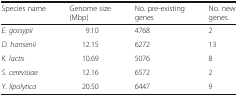
<table><thead><tr><td><b>Species name</b></td><td><b>Genome size (Mbp)</b></td><td><b>No. pre-existing genes</b></td><td><b>No. new genes.</b></td></tr></thead><tbody><tr><td><i>E. gossypii</i></td><td>9.10</td><td>4768</td><td>2</td></tr><tr><td><i>D. hansenii</i></td><td>12.15</td><td>6272</td><td>13</td></tr><tr><td><i>K. lactis</i></td><td>10.69</td><td>5076</td><td>8</td></tr><tr><td><i>S. cerevisiae</i></td><td>12.16</td><td>6572</td><td>2</td></tr><tr><td><i>Y. lipolytica</i></td><td>20.50</td><td>6447</td><td>9</td></tr></tbody></table>